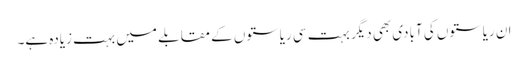
ان ریاستوں کی آبادی بھی دیگر بہت سی ریاستوں کے مقابلے میں بہت زیادہ ہے۔